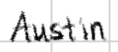
Text: Austin
Cross-out: clean
Writing tool: digital_black